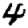
Digit: 4